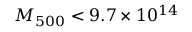
M _ { 5 0 0 } < 9 . 7 \times 1 0 ^ { 1 4 }